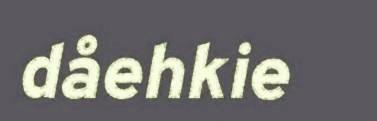
dåehkie